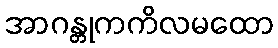
အာဂန္တုကကိလမထော